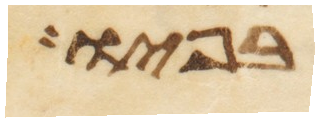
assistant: בפיו